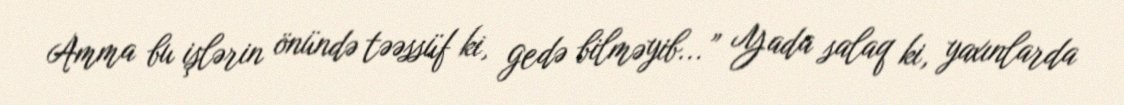
Amma bu işlərin önündə təəssüf ki, gedə bilməyib...” Yada salaq ki, yaxınlarda